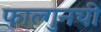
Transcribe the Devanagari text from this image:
फाल्गुनची